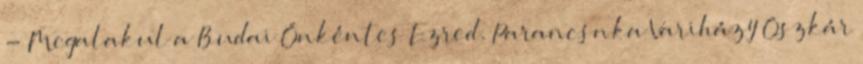
- Megalakul a Budai Önkéntes Ezred. Parancsnka Variházy Oszkár